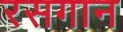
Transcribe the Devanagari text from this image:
रसगान